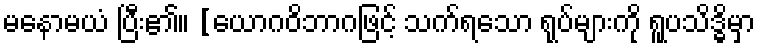
မနောမယံ ပြီး၏။ [ယောဂဝိဘာဂဖြင့် သက်ရသော ရုပ်များကို ရူပသိဒ္ဓိမှာ